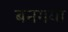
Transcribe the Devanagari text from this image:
बनगया